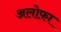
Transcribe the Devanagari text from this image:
अलोफ़ा